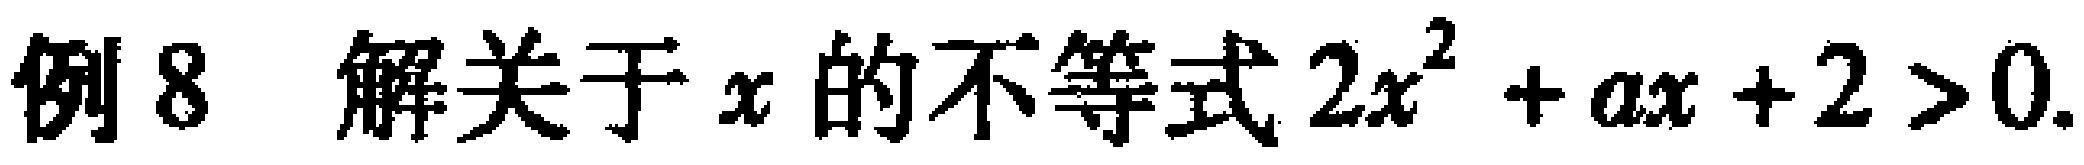
例8 解关于\(x\)的不等式\(2x^{2}+ax + 2>0\)